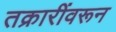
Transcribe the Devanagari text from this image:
तक्रारींवरून